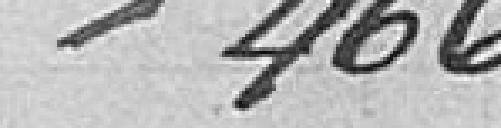
466